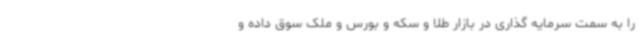
را به سمت سرمایه گذاری در بازار طلا و سکه و بورس و ملک سوق داده و